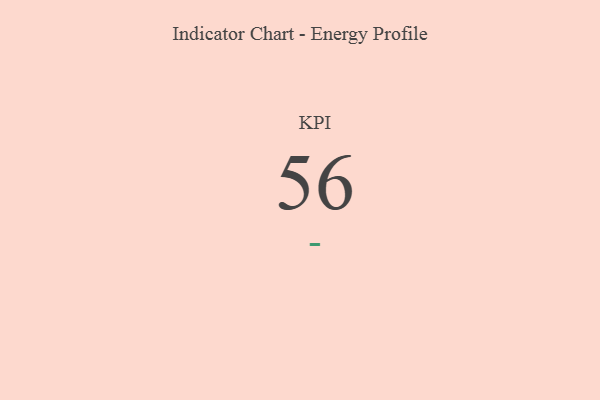
{"axis": {"x": "KPI", "y": "Value"}, "legend": [""], "data": [{"x": "KPI", "y": 56, "type": ""}]}